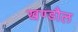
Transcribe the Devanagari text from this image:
खण्डौल